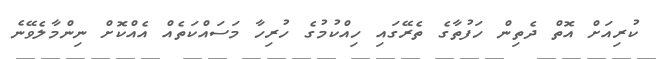
ކުރިއަށް އޮތް ދެތިން ހަފުތާގެ ތެރޭގައި ހިއްކުމުގެ ހުރިހާ މަސައްކަތެއް އެއްކޮށް ނިންމާލެވޭނެ